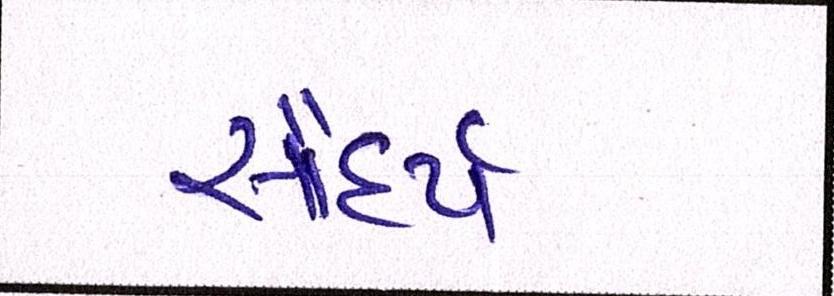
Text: સૌંદર્ય